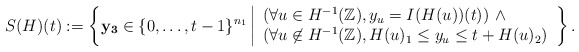
\begin{align*} S(H)(t):= \left \{ \mathbf{y_3} \in \{0, \ldots, t-1\}^{n_1} \left\vert \begin{array}{ll} \left(\forall u \in H^{-1}(\mathbb{Z}), y_u=I(H(u))(t)\right) \, \wedge \\ \left(\forall u \not \in H^{-1}(\mathbb{Z}), H(u)_1 \le y_u \le t+H(u)_2\right) \end{array} \right. \right\}. \end{align*}